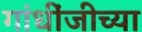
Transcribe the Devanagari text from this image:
गांधींजीच्या